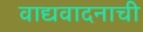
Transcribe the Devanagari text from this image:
वाद्यवादनाची